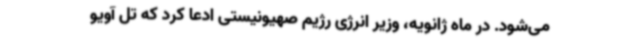
می‌شود. در ماه ژانویه، وزیر انرژی رژیم صهیونیستی ادعا کرد که تل آویو